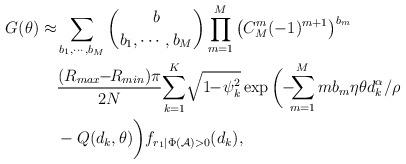
LaTeX: \begin{align*} G(\theta)\approx &\sum_{b_1,\cdots,b_M}{b \choose b_1,\cdots,b_M} \prod_{m=1}^{M}\left(C_{M}^{m}(-1)^{m+1}\right)^{b_m}\\ &\frac{(R_{max}\!\!-\!\!R_{min})\pi}{2N}\!\sum_{k=1}^{K}\!\sqrt{1\!\!-\!\psi_k^2} \exp\bigg(\!\!-\!\!\!\sum_{m=1}^Mmb_m\eta\theta d_k^{\alpha}/\rho \\ &-Q(d_k,\theta)\bigg)f_{r_1|\Phi(\mathcal{A})>0}(d_k),\end{align*}